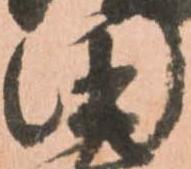
田